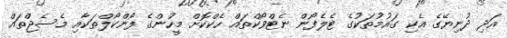
އަދި ދުނިޔޭގެ އެކި ގައުމުތަކުގެ ޓެލެފޯން ނެޓްވޯކްތައް ހެކްކޮށް މީހުންގެ ފޯންކޯލްތަކާއި މެސެޖްތައް